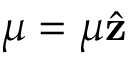
\boldsymbol { \mu } = \mu \hat { \mathbf { z } }